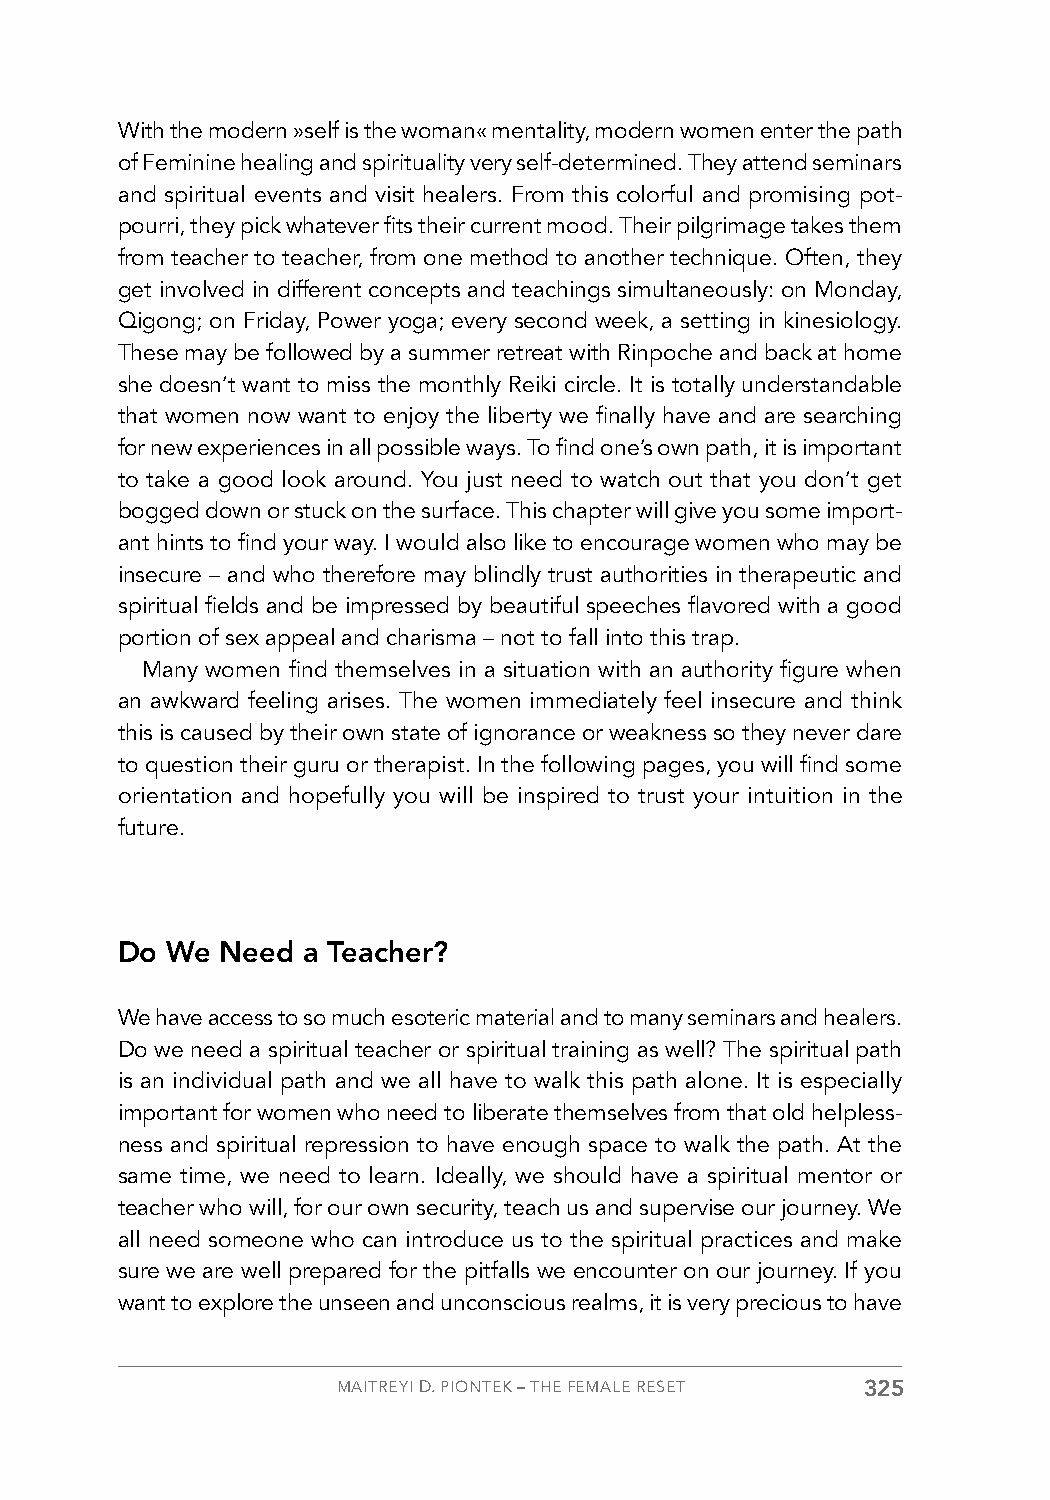
With the modern »self is the woman« mentality, modern women enter the path
 of Feminine healing and spirituality very self-determined. They attend seminars
 and spiritual events and visit healers. From this colorful and promising pot-
 pourri, they pick whatever fits their current mood. Their pilgrimage takes them
 from teacher to teacher, from one method to another technique. Often, they
 get involved in different concepts and teachings simultaneously: on Monday,
 Qigong; on Friday, Power yoga; every second week, a setting in kinesiology.
 These may be followed by a summer retreat with Rinpoche and back at home
 she doesn’t want to miss the monthly Reiki circle. It is totally understandable
 that women now want to enjoy the liberty we finally have and are searching
 for new experiences in all possible ways. To find one’s own path, it is important
 to take a good look around. You just need to watch out that you don’t get
 bogged down or stuck on the surface. This chapter will give you some import-
 ant hints to find your way. I would also like to encourage women who may be
 insecure – and who therefore may blindly trust authorities in therapeutic and
 spiritual fields and be impressed by beautiful speeches flavored with a good
 portion of sex appeal and charisma – not to fall into this trap.
 Many women find themselves in a situation with an authority figure when
 an awkward feeling arises. The women immediately feel insecure and think
 this is caused by their own state of ignorance or weakness so they never dare
 to question their guru or therapist. In the following pages, you will find some
 orientation and hopefully you will be inspired to trust your intuition in the
 future.
 Do We  Need a Teacher?
 We have access to so much esoteric material and to many seminars and healers.
 Do we need a spiritual teacher or spiritual training as well? The spiritual path
 is an individual path and we all have to walk this path alone. It is especially
 important for women who need to liberate themselves from that old helpless-
 ness and spiritual repression to have enough space to walk the path. At the
 same time, we need to learn. Ideally, we should have a spiritual mentor or
 teacher who will, for our own security, teach us and supervise our journey. We
 all need someone who can introduce us to the spiritual practices and make
 sure we are well prepared for the pitfalls we encounter on our journey. If you
 want to explore the unseen and unconscious realms, it is very precious to have
 MAITREYI D. PIONTEK – THE FEMALE RESET 325